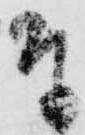
奉